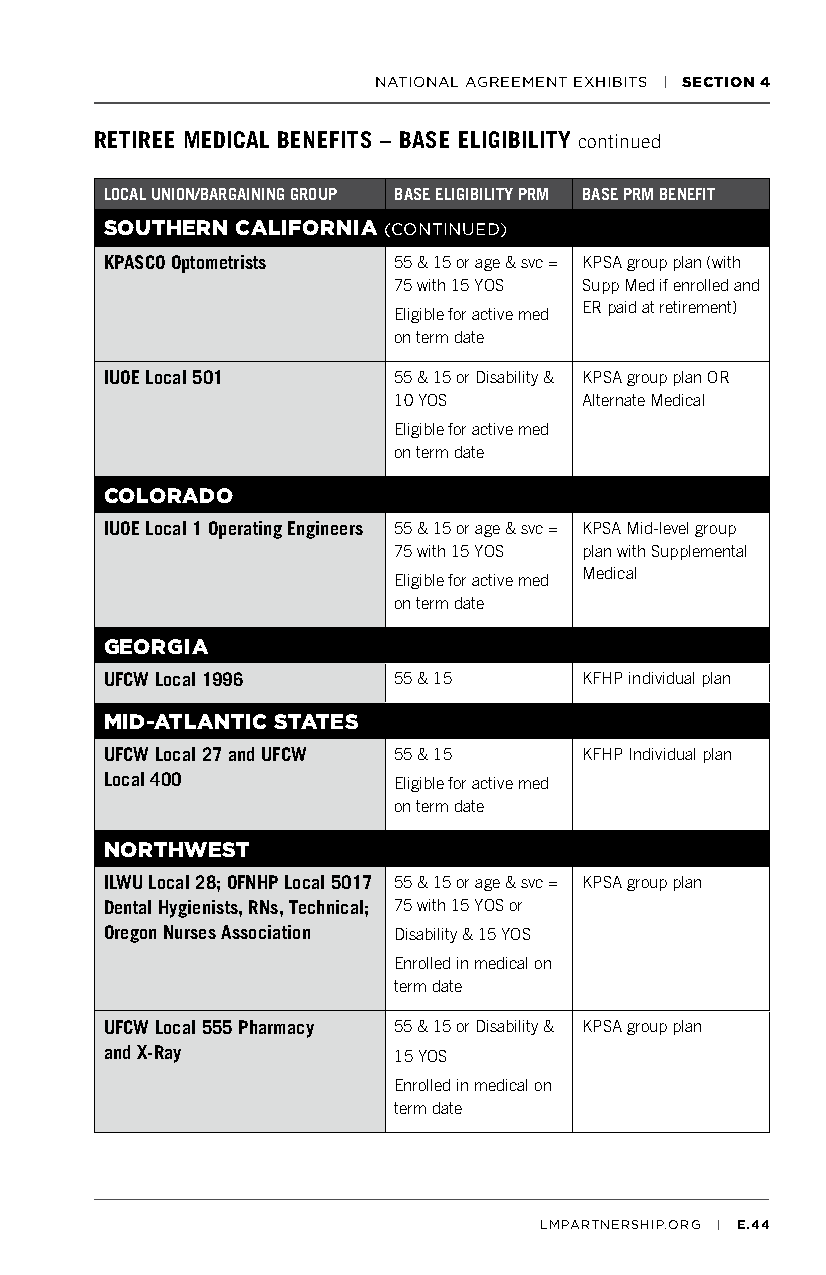
NATIONAL AGREEMENT EXHIBITS | SECTION 4
 RETIREE MEDICAL BENEFITS – BASE ELIGIBILITY continued
 LOCAL UNION/BARGAINING GROUP BASE ELIGIBILITY PRM BASE PRM BENEFIT
 SOUTHERN CALIFORNIA (CONTINUED)
 KPASCO Optometrists 55 & 15 or age & svc = KPSA group plan (with
 75 with 15 YOS Supp Med if enrolled and
 ER paid at retirement)
 Eligible for active med
 on term date
 IUOE Local 501     55 & 15 or Disability & KPSA group plan OR
 10 YOS      Alternate Medical
 Eligible for active med
 on term date
 COLORADO
 IUOE Local 1 Operating Engineers 55 & 15 or age & svc = KPSA Mid-level group
 75 with 15 YOS plan with Supplemental
 Medical
 Eligible for active med
 on term date
 GEORGIA
 UFCW Local 1996    55 & 15     KFHP individual plan
 MID-ATLANTIC STATES
 UFCW Local 27 and UFCW 55 & 15 KFHP Individual plan
 Local 400          Eligible for active med
 on term date
 NORTHWEST
 ILWU Local 28; OFNHP Local 5017 55 & 15 or age & svc = KPSA group plan
 Dental Hygienists, RNs, Technical; 75 with 15 YOS or
 Oregon Nurses Association Disability & 15 YOS
 Enrolled in medical on
 term date
 UFCW Local 555 Pharmacy 55 & 15 or Disability & KPSA group plan
 and X-Ray          15 YOS
 Enrolled in medical on
 term date
 LMPARTNERSHIP.ORG | E.44